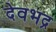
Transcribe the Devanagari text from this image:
देवभद्र